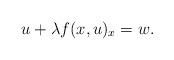
LaTeX: \begin{align*} u + \lambda f(x,u)_{x}=w. \end{align*}